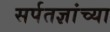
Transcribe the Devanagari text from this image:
सर्पतज्ञांच्या